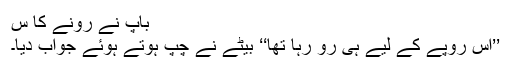
باپ نے رونے کا س
’’اس روپے کے لیے ہی رو رہا تھا‘‘ بیٹے نے چپ ہوتے ہوئے جواب دیا۔